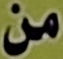
من